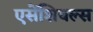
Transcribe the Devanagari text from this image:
एसेंशियल्स